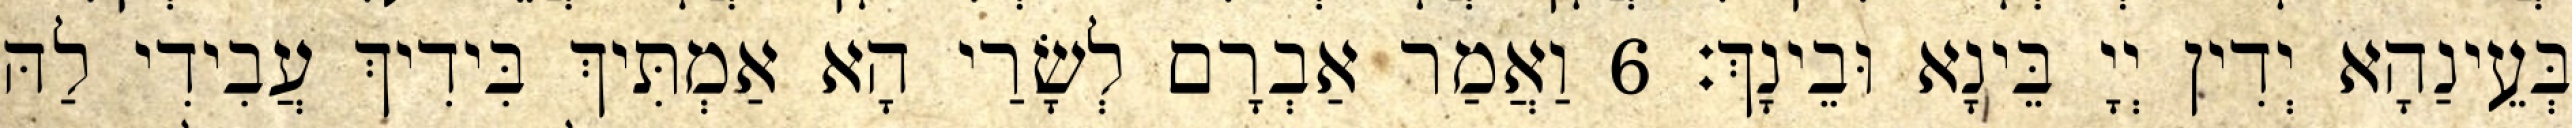
בְּעֵינַהָא יְדִין יְיָ בֵּינָא וּבֵינָךְ׃ 6 וַאֲמַר אַבְרָם לְשָׂרַי הָא אַמְתִּיךְ בִּידִיךְ עֲבִידִי לַהּ